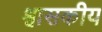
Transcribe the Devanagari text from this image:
श्वासकीय